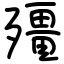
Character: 殭